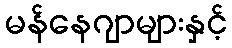
မန်နေဂျာများနှင့်